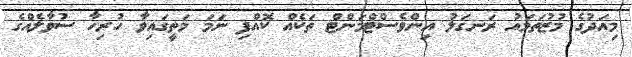
މިއަދުގެ މުޒުތަމައު ރަނގަލު އިންވެސްޓްމަންޓް ތަކެއް ކޮއްފި ނަމަ މަތީގައިވާ ހުރިހާ ސުވާލެއްގެ